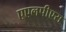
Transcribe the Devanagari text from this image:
एएलपीएस